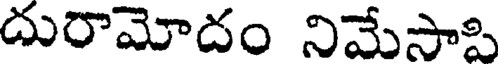
దురామోదం నిమేసాపి